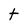
Character: t